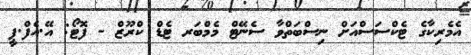
އެމެރިކާގެ ޓެކްސަސްއަށް ނިސްބަތްވާ ސެނޭޓް މެމްބަރ ޓެޑް ކްރޫޒް - ފޮޓޯ: އޭ.އެފް.ޕީ